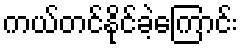
ကယ်တင်နိုင်ခဲ့ကြောင်း